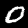
Label: 0